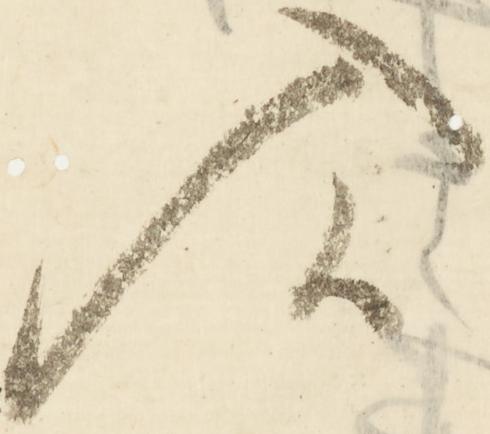
入